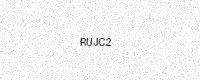
Text: RUJC2